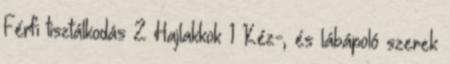
Férfi tisztálkodás 2 Hajlakkok 1 Kéz-, és lábápoló szerek